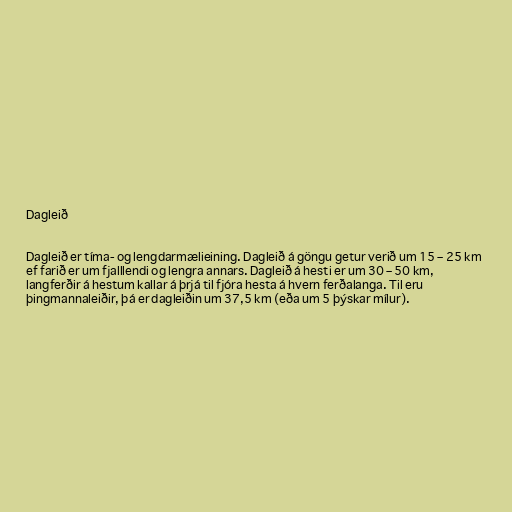
Dagleið

Dagleið er tíma- og lengdarmælieining. Dagleið á göngu getur verið um 15 – 25 km
ef farið er um fjalllendi og lengra annars. Dagleið á hesti er um 30 – 50 km,
langferðir á hestum kallar á þrjá til fjóra hesta á hvern ferðalanga. Til eru
þingmannaleiðir, þá er dagleiðin um 37,5 km (eða um 5 þýskar mílur).